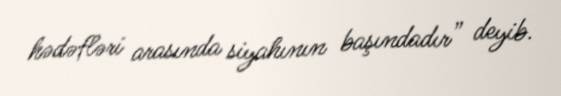
hədəfləri arasında siyahının başındadır” deyib.